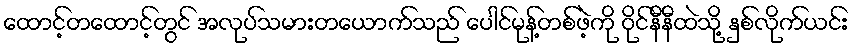
ထောင့်တထောင့်တွင် အလုပ်သမားတယောက်သည် ပေါင်မုန့်တစ်ဖဲ့ကို ဝိုင်နီနီထဲသို့ နှစ်လိုက်ယင်း